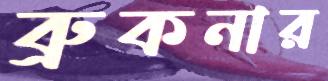
ব্রুকনার